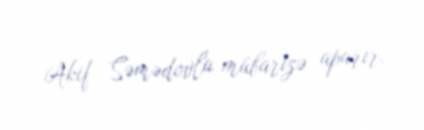
Akif Səmədovla mübarizə aparır.